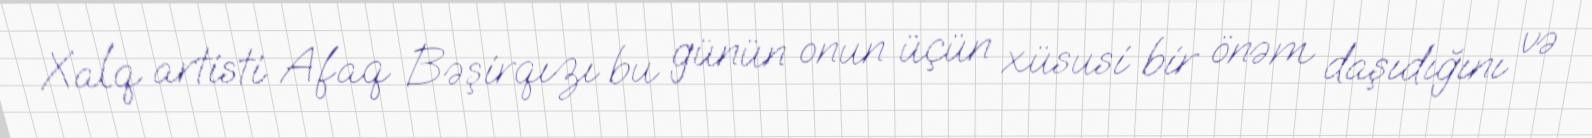
Xalq artisti Afaq Bəşirqızı bu günün onun üçün xüsusi bir önəm daşıdığını və